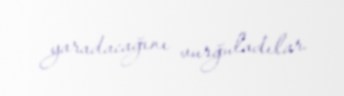
yaradacağını vurğuladılar.